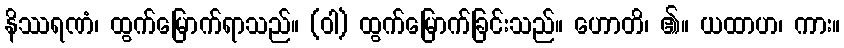
နိဿရဏံ၊ ထွက်မြောက်ရာသည်။ (ဝါ) ထွက်မြောက်ခြင်းသည်။ ဟောတိ၊ ၏။ ယထာဟ၊ ကား။